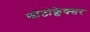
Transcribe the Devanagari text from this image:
फोटोफ्लेक्सर